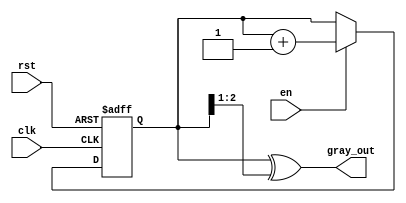
module gray_code_counter (
    input wire clk,        // Clock signal
    input wire rst,        // Asynchronous reset
    input wire en,         // Enable signal
    output reg [2:0] gray_out // 3-bit Gray code output
);

    reg [2:0] binary_count; // 3-bit binary counter

    // Gray code conversion function
    function [2:0] binary_to_gray;
        input [2:0] binary;
        begin
            binary_to_gray = binary ^ (binary >> 1);
        end
    endfunction

    // Sequential logic for the counter
    always @(posedge clk or posedge rst) begin
        if (rst) begin
            binary_count <= 3'b000; // Reset binary counter to 0
        end else if (en) begin
            binary_count <= binary_count + 1; // Increment binary counter
        end
    end

    // Update Gray code output
    always @(*) begin
        gray_out = binary_to_gray(binary_count); // Convert binary to Gray code
    end

endmodule